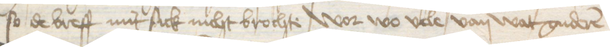
so de breff mit sick nicht brochte wor wo vele van wat guderen